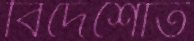
বিদেশোত